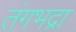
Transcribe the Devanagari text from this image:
तंगभद्रा